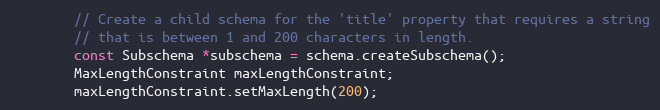
Language: C++
        // Create a child schema for the 'title' property that requires a string
        // that is between 1 and 200 characters in length.
        const Subschema *subschema = schema.createSubschema();
        MaxLengthConstraint maxLengthConstraint;
        maxLengthConstraint.setMaxLength(200);